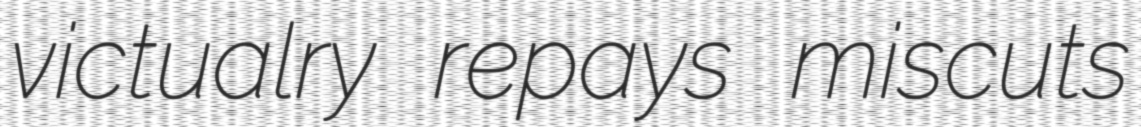
victualry repays miscuts